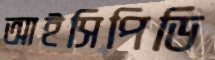
আইসিপিডি